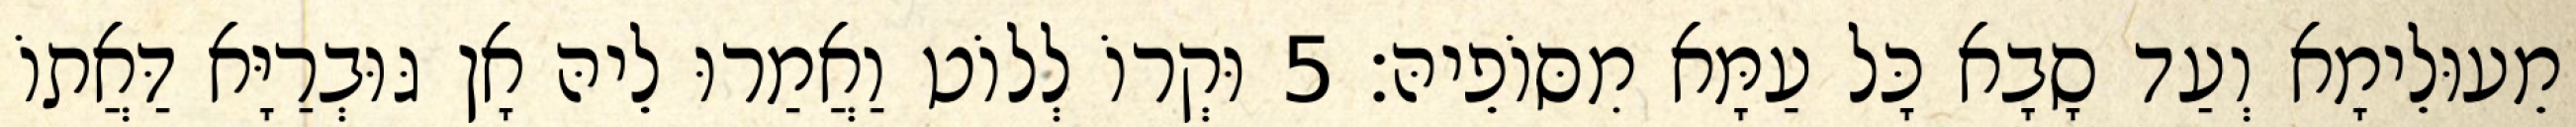
מֵעוּלֵימָא וְעַד סָבָא כָּל עַמָּא מִסּוֹפֵיהּ׃ 5 וּקְרוֹ לְלוֹט וַאֲמַרוּ לֵיהּ אָן גּוּבְרַיָּא דַּאֲתוֹ